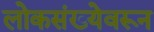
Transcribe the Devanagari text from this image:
लोकसंख्येवरून